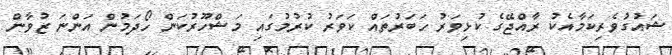
ޝައުގުވެރިކަމާއެކު ރާއްޖޭގެ ކުޅިވަރު ހަބަރުތައް ކަވަރު ކުރުމުގައި މަޝްހޫރުކަން ހޯދަމުން އަންނަ ޒުވާން